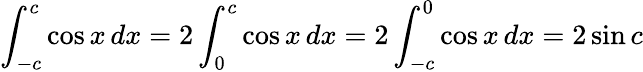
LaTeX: \int_{-c}^{c}\cos{x}\, dx=2\int_{0}^{c}\cos{x}\, dx=2\int_{-c}^{0}\cos{x}\, dx=2\sin{c}